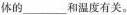
体的___和温度有关。